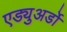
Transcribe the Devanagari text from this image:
एड्युअर्डो